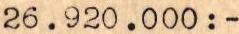
26.920.000:-